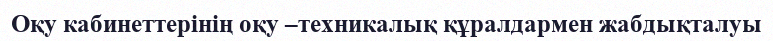
Оқу кабинеттерінің оқу –техникалық құралдармен жабдықталуы